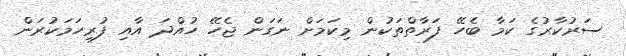
ސަރުކާރުގެ ކަމާ ބެހޭ ފަރާތްތަކުން މިކަމަށް ނަގަން ޖެހޭ ހުއްދަ އާއި ފުރިހަމަކުރަން